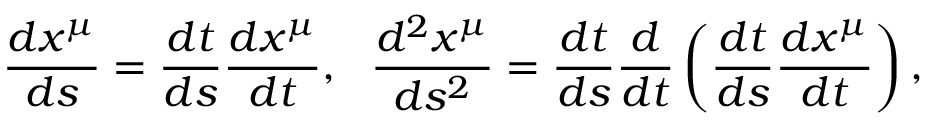
\frac { d x ^ { \mu } } { d s } = \frac { d t } { d s } \frac { d x ^ { \mu } } { d t } , \, \, \, \, \frac { d ^ { 2 } x ^ { \mu } } { d s ^ { 2 } } = \frac { d t } { d s } \frac { d } { d t } \left( \frac { d t } { d s } \frac { d x ^ { \mu } } { d t } \right) ,